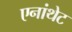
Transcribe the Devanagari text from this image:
एनांथेट